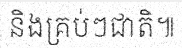
និងគ្រប់ៗជាតិ៕